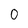
Character: 0